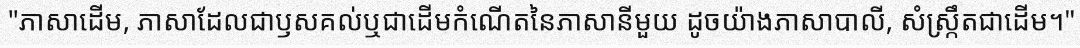
"ភាសាដើម, ភាសាដែលជាឫសគល់ឬជាដើមកំណើតនៃភាសានីមួយ ដូចយ៉ាងភាសាបាលី, សំស្ក្រឹតជាដើម។"